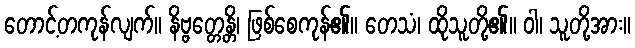
တောင့်တကုန်လျက်။ နိဗ္ဗတ္တေန္တိ၊ ဖြစ်စေကုန်၏။ တေသံ၊ ထိုသူတို့၏။ ဝါ၊ သူတို့အား။